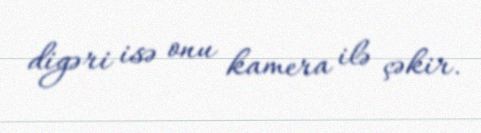
digəri isə onu kamera ilə çəkir.